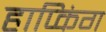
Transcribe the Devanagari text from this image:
हाप्किंग